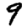
Digit: 9